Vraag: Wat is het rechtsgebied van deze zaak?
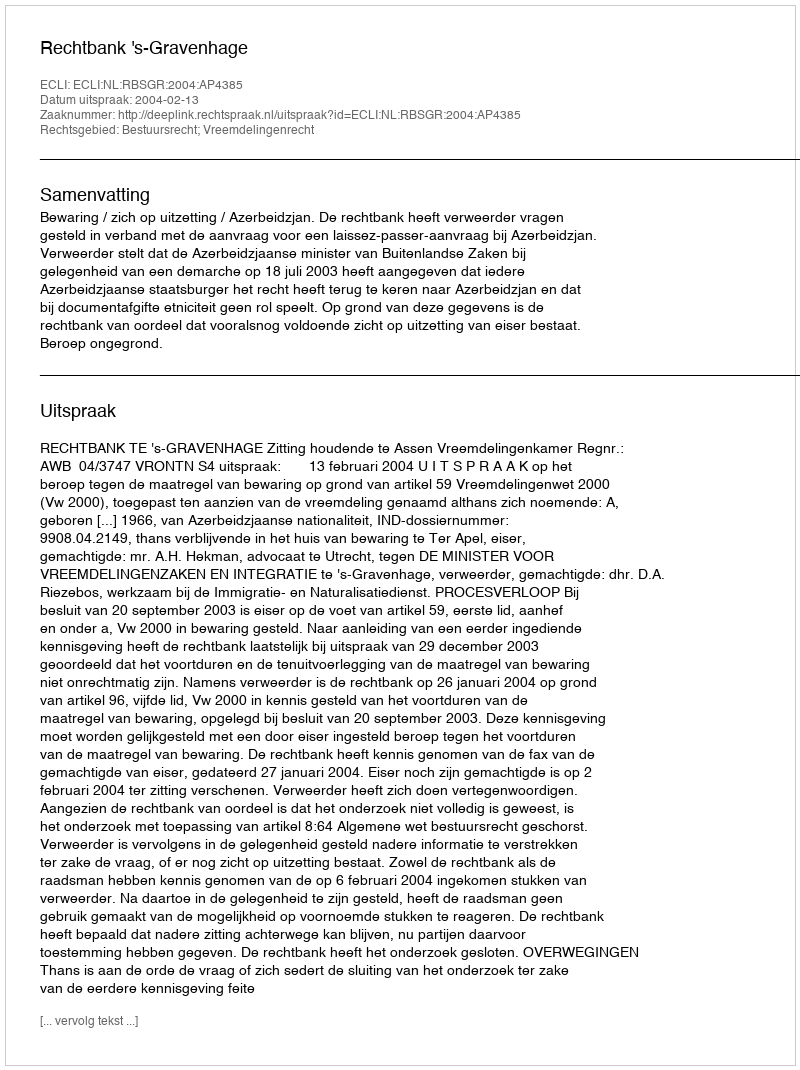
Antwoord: Bestuursrecht; Vreemdelingenrecht